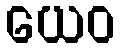
ယေဝ